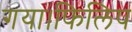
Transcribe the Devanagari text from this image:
गया।फिलिप